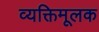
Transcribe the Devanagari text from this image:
व्यक्तिमूलक